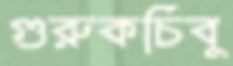
গুরুকচিবু